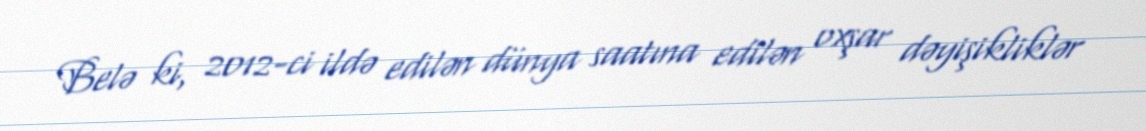
Belə ki, 2012-ci ildə edilən dünya saatına edilən oxşar dəyişikliklər